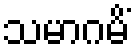
သမာဂမိံ